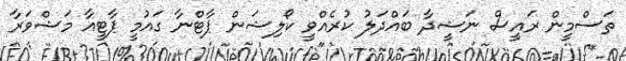
ތަސްމީން ރައީސް ނަޝީދާ ބައްދަލު ކުރެއްވީ ކޯލިޝަން ޕާޓްނާ ގައުމީ ޕާޓީއާ މަޝްވަރާ